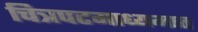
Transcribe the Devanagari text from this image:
चित्रपटमाध्यमात